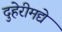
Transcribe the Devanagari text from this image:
दुहेरीमद्ये